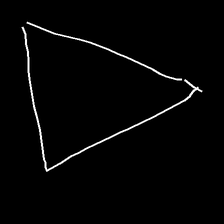
Glyph: convergence